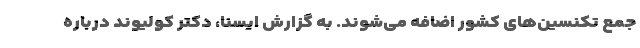
جمع تکنسین‌های کشور اضافه می‌شوند. به گزارش ایسنا، دکتر کولیوند درباره